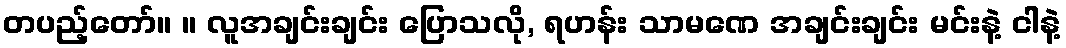
တပည့်တော်။ ။ လူအချင်းချင်း ပြောသလို, ရဟန်း သာမဏေ အချင်းချင်း မင်းနဲ့ ငါနဲ့